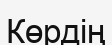
Көрдің